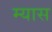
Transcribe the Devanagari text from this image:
म्यास